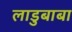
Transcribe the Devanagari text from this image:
लाडुबाबा